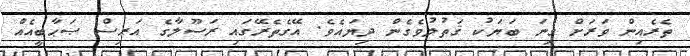
ތެރެއިން ވަރަށް ގިނަ ބަޔަކު ޤަތުލުވެގެން ދިޔައެވެ. އޭގެތެރޭގައި ރަސޫލާގެ އަރިސް ޞަޙާބީއެއް